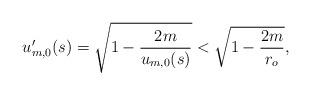
LaTeX: \begin{align*}u_{m,0}'(s) = \sqrt{ 1- \dfrac{2m}{u_{m,0}(s)}} < \sqrt{ 1- \dfrac{2m}{r_o}},\end{align*}